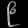
Digit: ၉